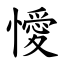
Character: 懓